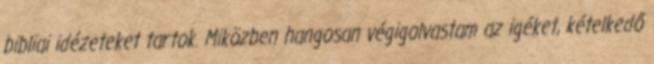
bibliai idézeteket tartok. Miközben hangosan végigolvastam az igéket, kételkedő